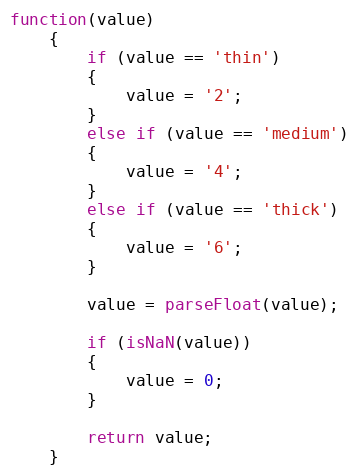
Language: JavaScript
function(value)
	{
		if (value == 'thin')
		{
			value = '2';
		}
		else if (value == 'medium')
		{
			value = '4';
		}
		else if (value == 'thick')
		{
			value = '6';
		}

		value = parseFloat(value);

		if (isNaN(value))
		{
			value = 0;
		}

		return value;
	}